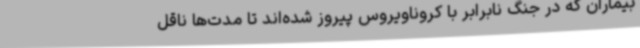
بیماران که در جنگ نابرابر با کروناویروس پیروز شده‌اند تا مدت‌ها ناقل